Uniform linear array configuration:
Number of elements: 32
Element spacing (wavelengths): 0.5
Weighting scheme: binomial
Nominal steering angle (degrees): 15
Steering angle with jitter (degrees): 15.317
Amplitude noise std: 0.05
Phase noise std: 0.05

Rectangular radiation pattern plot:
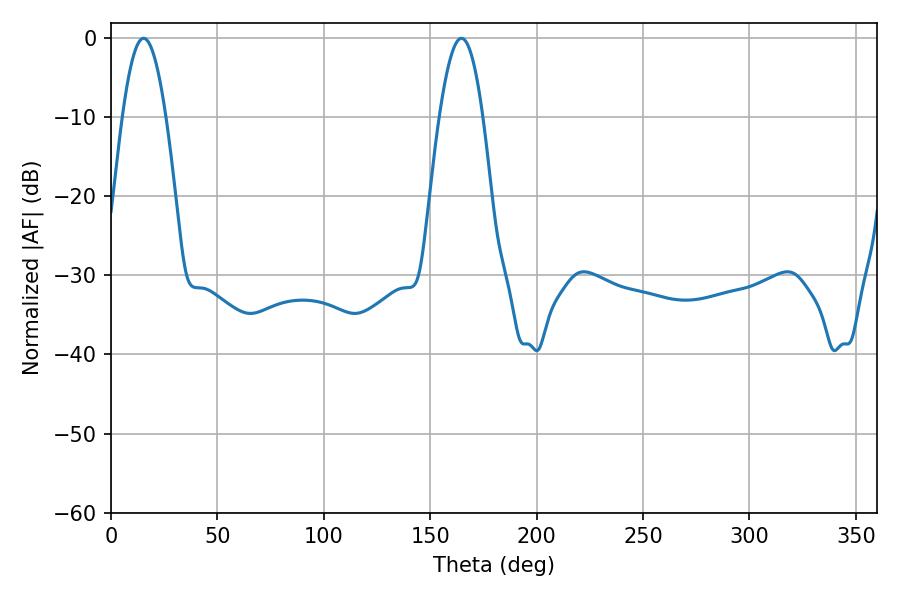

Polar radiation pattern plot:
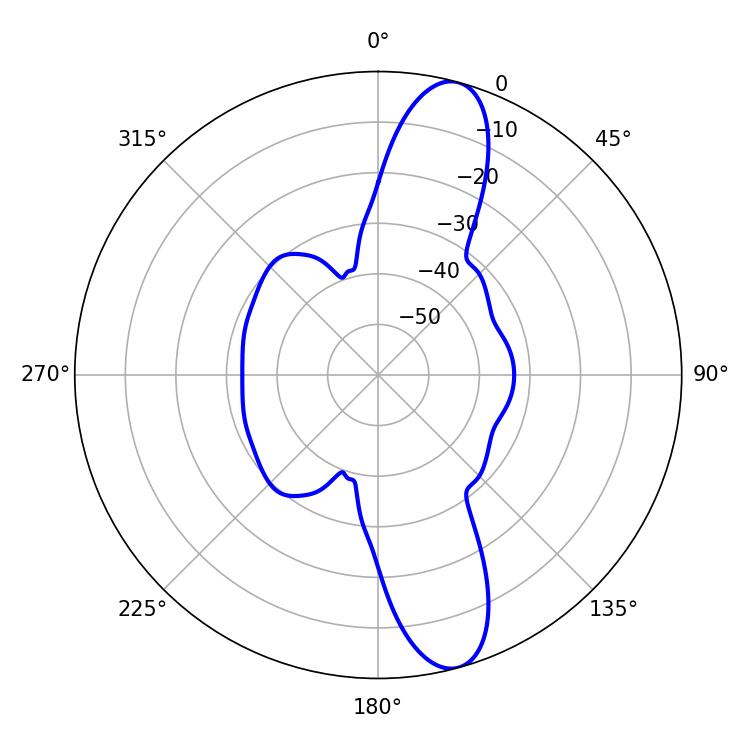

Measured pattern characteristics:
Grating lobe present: FALSE
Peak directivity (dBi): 12.562
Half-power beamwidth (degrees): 10.98
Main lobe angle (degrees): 15.3